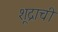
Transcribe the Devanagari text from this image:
शूद्राची